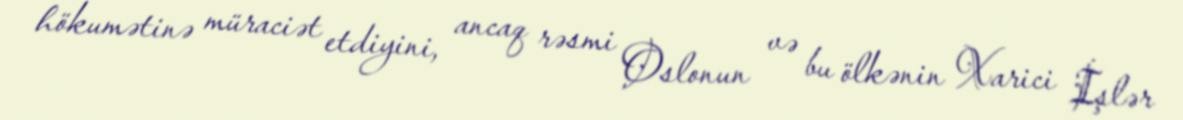
hökumətinə müraciət etdiyini, ancaq rəsmi Oslonun və bu ölkənin Xarici İşlər